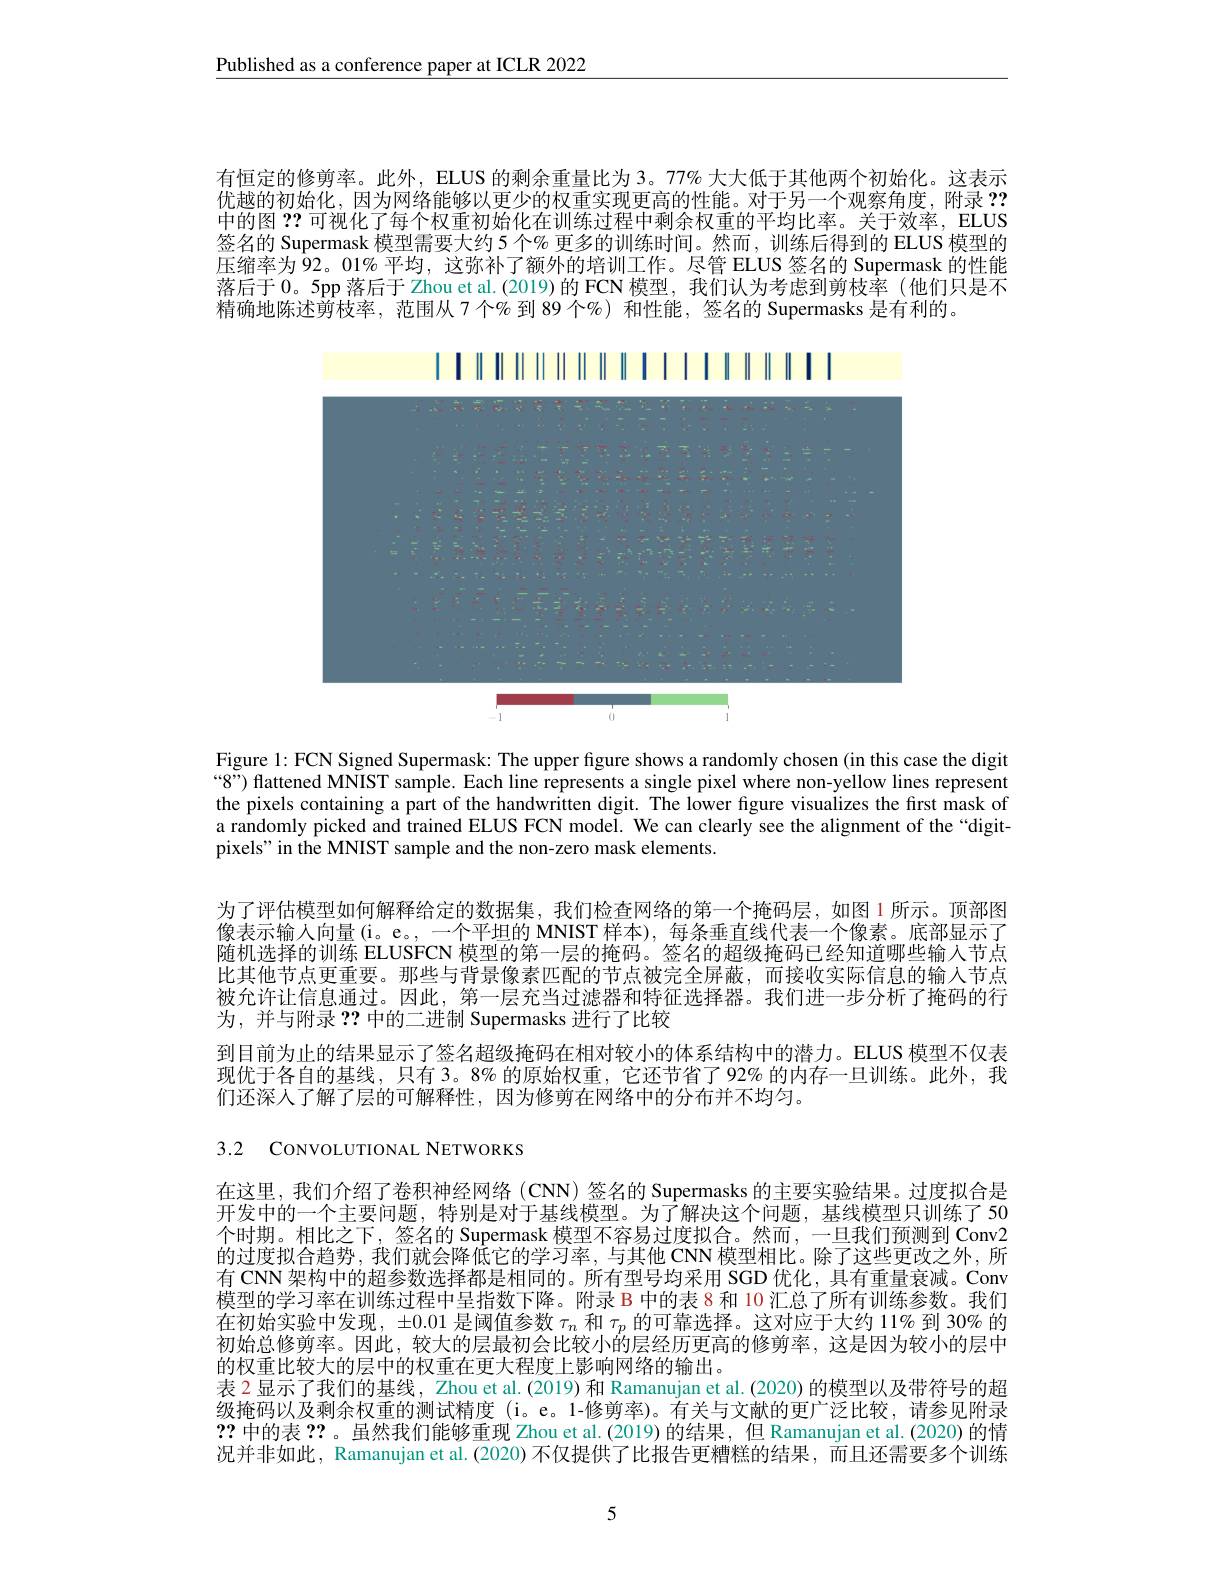
Published as a conference paper at ICLR 2022

有恒定的修剪率。此外，ELUS 的剩余重量比为 3。77% 大大低于其他两个初始化。这表示优越的初始化，因为网络能够以更少的权重实现更高的性能。对于另一个观察角度，附录？? 中的图？?可视化了每个权重初始化在训练过程中剩余权重的平均比率。关于效率，ELUS 签名的 Supermask 模型需要大约 5 个% 更多的训练时间。然而 , 训练后得到的 ELUS 模型的压缩率为 92。01% 平均，这弥补了额外的培训工作。尽管 ELUS 签名的 Supermask 的性能落后于0。5pp 落后于 Zhou et al.(2019)的 FCN 模型，我们认为考虑到剪枝率 (他们只是不精确地陈述剪枝率，范围从7个% 到 89 个%) 和性能，签名的 Supermasks 是有利的。

17011111111111111111

<FigureHere>

Figure 1: FCN Signed Supermask: The upper figure shows a randomly chosen (in this case the digit $“8”)$ flattened MNIST sample. Each line represents a single pixel where non-yellow lines represent the pixels containing a part of the handwritten digit. The lower figure visualizes the first mask of a randomly picked and trained ELUS FCN model. We can clearly see the alignment of the “digitpixels" in the MNIST sample and the non-zero mask elements.

为了评估模型如何解释给定的数据集，我们检查网络的第一个掩码层，如图 1 所示。顶部图像表示输入向量(i。e。,一个平坦的 MNIST 样本), 每条垂直线代表一个像素。底部显示了随机选择的训练 ELUSFCN 模型的第一层的掩码。签名的超级掩码已经知道哪些输入节点比其他节点更重要。那些与背景像素匹配的节点被完全屏蔽，而接收实际信息的输入节点被允许让信息通过。因此，第一层充当过滤器和特征选择器。我们进一步分析了掩码的行为，并与附录？?中的二进制 Supermasks 进行了比较
到目前为止的结果显示了签名超级掩码在相对较小的体系结构中的潜力。ELUS 模型不仅表现优于各自的基线，只有 3。8% 的原始权重，它还节省了 92% 的内存一旦训练。此外，我们还深人了解了层的可解释性，因为修剪在网络中的分布并不均匀。

3.2 CONVOLUTIONAL NETWORKS

在这里，我们介绍了卷积神经网络(CNN)签名的 Supermasks 的主要实验结果。过度拟合是开发中的一个主要问题，特别是对于基线模型。为了解决这个问题，基线模型只训练了 50个时期。相比之下，签名的 Supermask 模型不容易过度拟合。然而，一旦我们预测到 Conv2的过度拟合趋势，我们就会降低它的学习率，与其他 CNN 模型相比。除了这些更改之外，所有 CNN 架构中的超参数选择都是相同的。所有型号均采用 SGD 优化，具有重量衰减。Conv 模型的学习率在训练过程中呈指数下降。附录 B 中的表 8 和 10 汇总了所有训练参数。我们在初始实验中发现，$\pm0.01$是阈值参数$\tau_n$和$\tau_p$的可靠选择。这对应于大约 11% 到 30% 的初始总修剪率。因此，较大的层最初会比较小的层经历更高的修剪率，这是因为较小的层中的权重比较大的层中的权重在更大程度上影响网络的输出。
表 2 显示了我们的基线，Zhou et al.(2019) 和 Ramanujan et al. (2020) 的模型以及带符号的超级掩码以及剩余权重的测试精度 (i。e。1-修剪率)。有关与文献的更广泛比较，请参见附录??中的表？?。虽然我们能够重现 Zhou et al.(2019)的结果，但 Ramanujan et al.(2020) 的情况并非如此，Ramanujan et al.(2020) 不仅提供了比报告更糟糕的结果，而且还需要多个训练

5